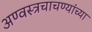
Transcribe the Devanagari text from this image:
अण्वस्त्रचाचण्यांच्या